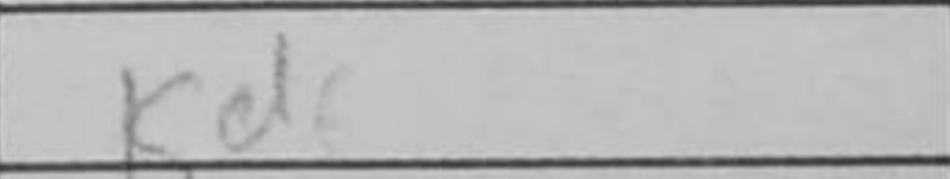
Transcription: Kd6